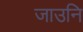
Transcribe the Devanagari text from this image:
जाउनि